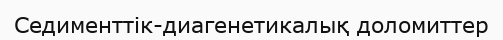
Седименттік-диагенетикалық доломиттер